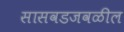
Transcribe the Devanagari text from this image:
सासवडजवळील